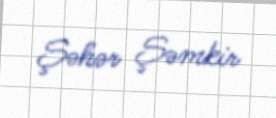
Şəhər Şəmkir